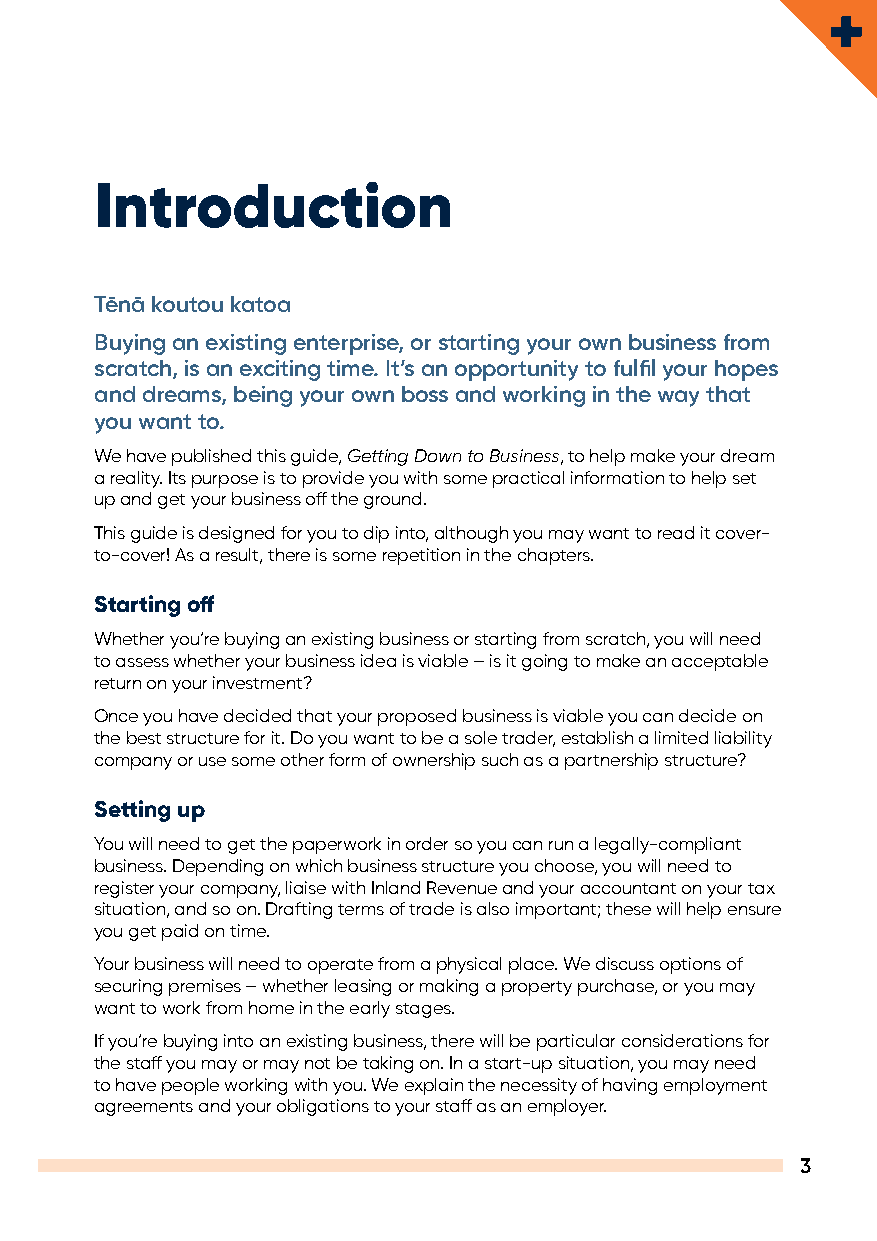
Introduction
 Tēnā koutou katoa
 Buying an existing enterprise, or starting your own business from
 scratch, is an exciting time. It’s an opportunity to fulfil your hopes
 and dreams, being your own boss and working in the way that
 you want to.
 We have published this guide, Getting Down to Business, to help make your dream
 a reality. Its purpose is to provide you with some practical information to help set
 up and get your business off the ground.
 This guide is designed for you to dip into, although you may want to read it cover-
 to-cover! As a result, there is some repetition in the chapters.
 Starting off
 Whether you’re buying an existing business or starting from scratch, you will need
 to assess whether your business idea is viable – is it going to make an acceptable
 return on your investment?
 Once you have decided that your proposed business is viable you can decide on
 the best structure for it. Do you want to be a sole trader, establish a limited liability
 company or use some other form of ownership such as a partnership structure?
 Setting up
 You will need to get the paperwork in order so you can run a legally-compliant
 business. Depending on which business structure you choose, you will need to
 register your company, liaise with Inland Revenue and your accountant on your tax
 situation, and so on. Drafting terms of trade is also important; these will help ensure
 you get paid on time.
 Your business will need to operate from a physical place. We discuss options of
 securing premises – whether leasing or making a property purchase, or you may
 want to work from home in the early stages.
 If you’re buying into an existing business, there will be particular considerations for
 the staff you may or may not be taking on. In a start-up situation, you may need
 to have people working with you. We explain the necessity of having employment
 agreements and your obligations to your staff as an employer.
 3